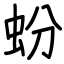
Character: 蚡